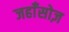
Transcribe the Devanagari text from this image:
जहाँसोज़